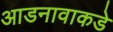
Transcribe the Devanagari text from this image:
आडनावाकडे